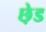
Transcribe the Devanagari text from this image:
छ़ेड